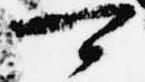
可